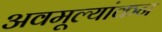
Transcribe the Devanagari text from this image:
अवमूल्यांकन